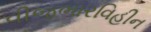
વીજભારવિહીન